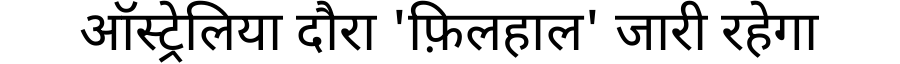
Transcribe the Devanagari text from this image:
ऑस्ट्रेलिया दौरा 'फ़िलहाल' जारी रहेगा